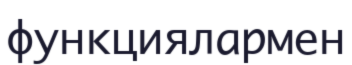
функциялармен